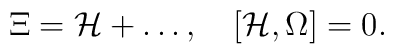
\Xi={\cal H}+\ldots,\quad[{\cal H},\Omega]=0.